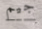
جيم